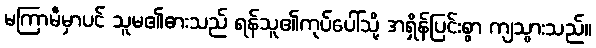
မကြာမီမှာပင် သူမ၏ဓားသည် ရန်သူ၏ကုပ်ပေါ်သို့ အရှိန်ပြင်းစွာ ကျသွားသည်။